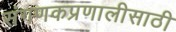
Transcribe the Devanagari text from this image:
संगणकप्रणालीसाठी